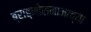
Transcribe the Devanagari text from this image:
ब्राह्मोसमाजाच्या